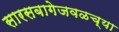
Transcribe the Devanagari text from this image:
सारसबागेजवळच्या